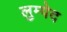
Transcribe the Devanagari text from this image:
लुम्पेद